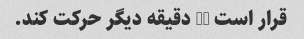
قرار است 30 دقیقه دیگر حرکت کند.